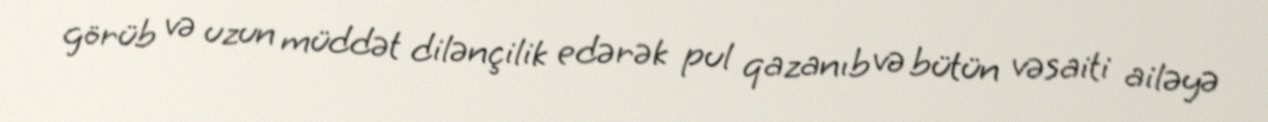
görüb və uzun müddət dilənçilik edərək pul qazanıb və bütün vəsaiti ailəyə